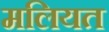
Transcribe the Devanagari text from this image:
मलियत